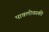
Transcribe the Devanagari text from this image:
पावलोवस्की